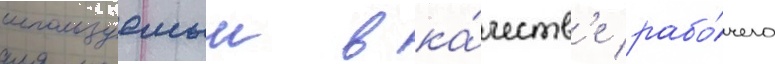
используемыи в ка́честв'е рабо́чего